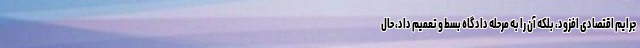
جرایم اقتصادی افزود، بلکه آن را به مرحله دادگاه بسط و تعمیم داد، حال